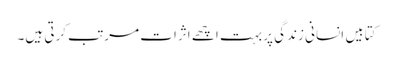
کتابیں انسانی زندگی پر بہت اچھے اثرات مرتب کرتی ہیں۔